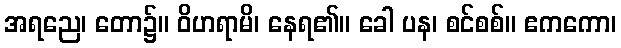
အရညေ၊ တော၌။ ဝိဟရာမိ၊ နေရ၏။ ခေါ ပန၊ စင်စစ်။ ဧကကော၊